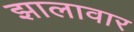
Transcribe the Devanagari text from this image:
झालावार